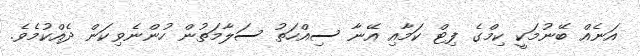
އަނެއް ބޭނުމަކީ ކިމްގެ ފިޓް ކަމާއި އޭނާ ސިއްހަތު ސަލާމަތުން ހުންނެވިކަން ދެއްކުމެވެ.